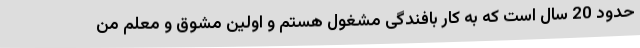
حدود 20 سال است که به کار بافندگی مشغول هستم و اولین مشوق و معلم من